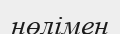
нөлімен